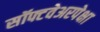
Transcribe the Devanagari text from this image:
सॉफ्टवेअरपेक्षा